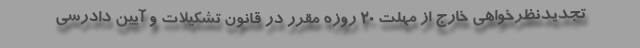
تجدیدنظرخواهی خارج از مهلت ۲۰ روزه مقرر در قانون تشکیلات و آیین دادرسی